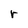
Character: r